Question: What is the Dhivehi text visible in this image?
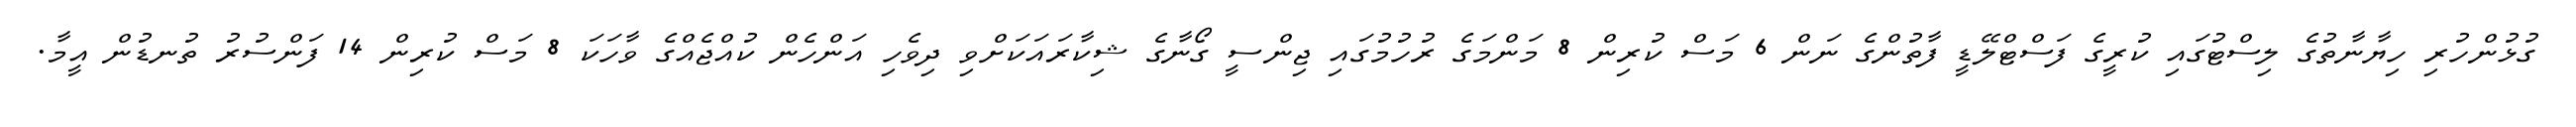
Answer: ގުޅުންހުރި ހިޔާނާތުގެ ލިސްޓުގައި ކުރީގެ ފަސްޓްލޭޑީ ފާތުންގެ ނަން 6 މަސް ކުރިން 8 މަންމަގެ ރުހުމުގައި ޖިންސީ ގޯނާގެ ޝިކާރައަކަށްވި ދިވެހި އަންހެން ކުއްޖެއްގެ ވާހަކަ 8 މަސް ކުރިން 14 ފަންސުރު ތުނޑުން އީމާ.